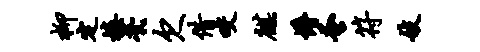
柳定榛茕欠借咬麒懵蚤符妓